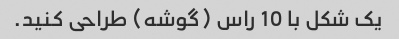
یک شکل با 10 راس (گوشه) طراحی کنید.